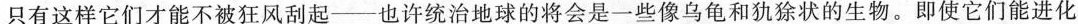
只有这样它们才能不被狂风刮起——也许统治地球的将会是一些像乌龟和的生物。即使它们能进化